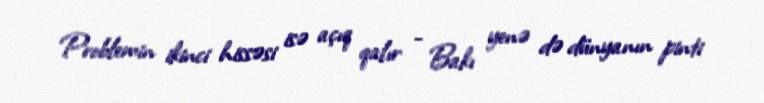
Problemin ikinci hissəsi isə açıq qalır - Bakı yenə də dünyanın pinti